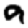
Digit: 9